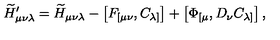
{ \widetilde H } _ { \mu \nu \lambda } ^ { \prime } = { \widetilde H } _ { \mu \nu \lambda } - \left[ F _ { [ \mu \nu } , C _ { \lambda ] } \right] + \left[ \Phi _ { [ \mu } , D _ { \nu } C _ { \lambda ] } \right] ,